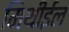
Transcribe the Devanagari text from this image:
मिथीईल